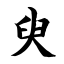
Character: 臾